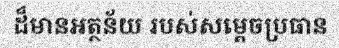
ដ៏មានអត្ថន័យ របស់សម្តេចប្រធាន